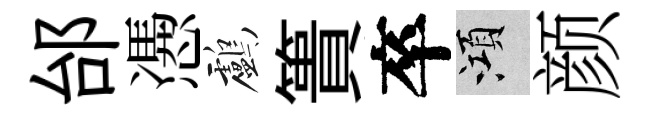
邰慿鸕簣卒澒颜